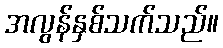
အလွန်နှစ်သက်သည်။